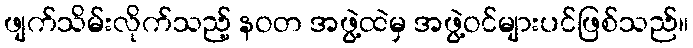
ဖျက်သိမ်းလိုက်သည့် နဝတ အဖွဲ့ထဲမှ အဖွဲ့ဝင်များပင်ဖြစ်သည်။